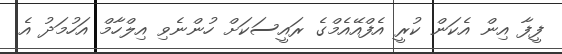
ފީފާ އިން އެކަން ކުރީ އެފްއޭއެމްގެ ރައީސަކަށް ހުންނެވި އިލްހާމް އަހުމަދު އެ